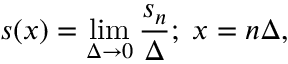
s ( x ) = \operatorname * { l i m } _ { \Delta \rightarrow 0 } \frac { s _ { n } } { \Delta } ; \; x = n \Delta ,